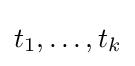
t_{1},\ldots ,t_{k}